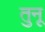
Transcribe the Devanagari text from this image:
तुनू